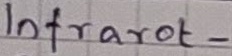
Text: Infrarot-